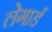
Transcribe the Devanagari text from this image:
लेगार्ड